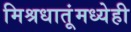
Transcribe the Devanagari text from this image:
मिश्रधातूंमध्येही